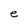
Character: e